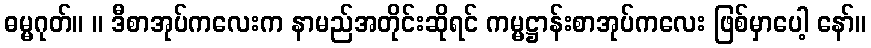
ဓမ္မဂုတ်။ ။ ဒီစာအုပ်ကလေးက နာမည်အတိုင်းဆိုရင် ကမ္မဋ္ဌာန်းစာအုပ်ကလေး ဖြစ်မှာပေါ့ နော်။